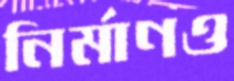
নির্মাণও